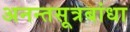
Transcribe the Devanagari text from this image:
अनन्तसूत्रबांधा